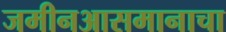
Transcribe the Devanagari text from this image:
जमीनआसमानाचा